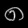
Digit: ၈